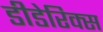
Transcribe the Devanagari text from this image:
डीडेरिक्स